Rangoon Lunatic Asylum 1898-1906 - 1898-1906
Year: 1898
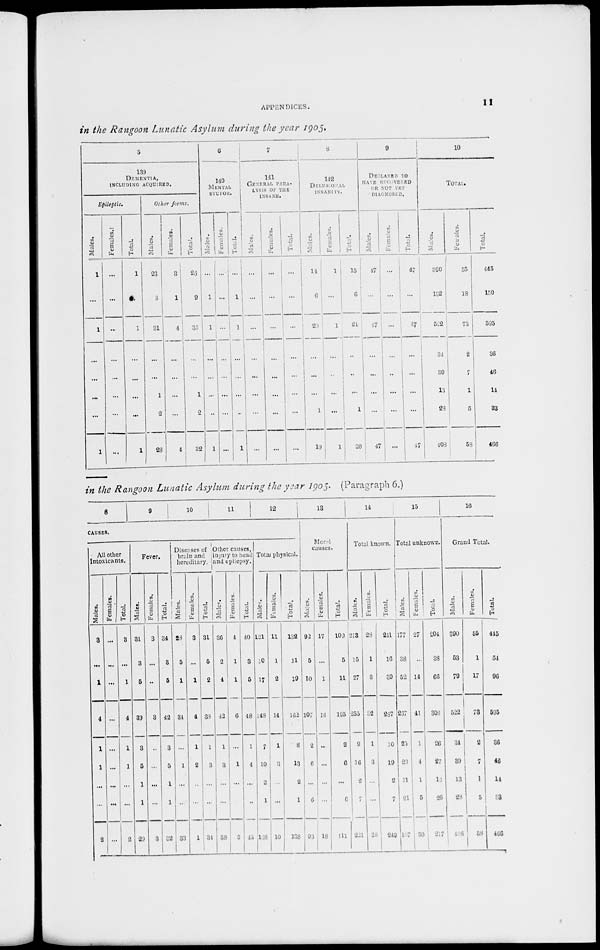
APPENDICES.
11
in the Rangoon Lunatic Asylum during the year 1905.
5
139
DEMENTIA,
INCLUDING
ACQUIRED.
Epileptic.
Males.
1
...
1
...
...
...
...
1
Females.
...
...
...
...
...
...
... ...
Total.
1
...
1
...
...
...
...
1
Other forms.
Males.
23
8
31
...
...
1
2
28
Females.
3
1
4
...
...
...
...
4
Total.
26
9
33
...
...
1
2
32
6
140
MENTAL
STUPOR.
Males.
...
1
1
...
...
...
...
1
Females.
...
...
...
...
...
...
...
...
Total.
...
1
1
...
...
...
...
1
7
141
GENERAL
PARA-
----- OF THE
INSANE.
Males.
...
...
...
...
...
...
...
...
Females.
...
...
...
...
...
...
...
...
Total.
...
...
...
...
...
...
...
...
8
142
DELUSIONAL
INSANITY.
Males.
14
6
20
...
...
...
1
19
Females.
1
...
1
...
...
...
...
1
Total.
15
6
21
...
...
...
1
20
9
DECLARED TO
HAVE RECOVERED
OR NOT YET
DIAGNOSED.
Males.
47
...
47
...
...
...
...
47
Females.
...
...
...
...
...
...
...
...
Total.
47
...
47
...
...
...
...
47
10
TOTAL.
Males.
390
132
522
34
39
13
28
408
Females.
55
18
73
2
7
1
5
58
Total.
445
150
595
36
46
14
83
466
in the Rangoon Lunatic Asylum during the year 1905. (Paragraph 6.)
8
9
10
11
12
CAUSES.
All other
Intoxicants.
Males.
3
...
1
4
1
1
...
...
2
Females.
...
...
...
...
...
...
...
...
Total.
3
...
1
4
1
1
...
...
2
Fever.
Males.
31
8
5
39
3
5
1
1
29
Females.
3
...
...
3
...
...
...
...
3
Total.
34
8
5
42
3
5
1
1
32
Diseases of
brain and
hereditary.
Males.
28
5
1
84
...
1
...
...
33
Females.
3
...
1
4
1
2
...
...
1
Total.
31
5
2
38
1
3
...
...
31
Other causes,
injury to head
and epilepsy.
Males.
36
2
4
42
1
3
...
...
38
Females.
4
1
1
6
...
1
...
...
5
Total.
40
3
5
48
1
4
...
...
43
Total physical.
Males.
121
10
17
148
7
10
2
1
128
Females.
11
1
2
14
1
3
...
...
10
Total.
132
11
19
162
8
13
2
1
138
13
Moral
causes.
Males.
92
5
10
107
2
6
...
6
93
Females.
17
...
1
18
...
...
...
...
18
Total.
109
5
11
125
2
6
...
6
111
14
Total known.
Males.
213
15
27
255
9
16
2
7
221
Females.
28
1
3
32
1
3
...
...
28
Total.
211
16
30
287
10
19
2
7
249
15
Total unknown.
Males.
177
38
52
207
25
23
11
21
107
Females.
27
...
14
41
1
4
1
5
30
Total.
204
38
66
308
26
27
12
26
217
16
Grand Total.
Males.
390
53
79
522
34
39
13
23
408
Females.
55
1
17
78
2
7
1
5
58
Total.
445
54
96
595
36
46
14
33
466